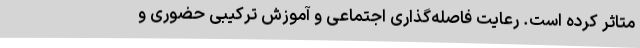
متاثر کرده است. رعایت فاصله‌گذاری اجتماعی و آموزش ترکیبی حضوری و